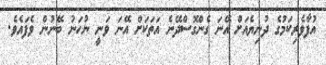
އުފާވެރިކަމުގެ ދުނިޔެއަށް އޭނަ ގެންގޮސްދޭނެ އަތަކަށް އޭނަ ވަނީ ނުހަނު ބޭނުން ވެފައެވެ.